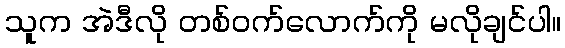
သူက အဲဒီလို တစ်ဝက်လောက်ကို မလိုချင်ပါ။